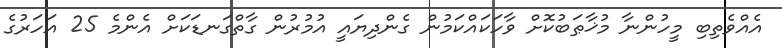
އެއްވެތިބި މީހުންނާ މުޚާޠަބުކޮށް ވާހަކައްކަމުން ގެންދިޔައީ އުމުރުން ގާތްގަނޑަކަށް އެންމެ 25 އަހަރުގެ